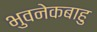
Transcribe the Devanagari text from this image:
भुवनेकबाहु